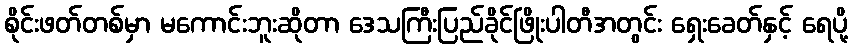
စိုင်းဖတ်တစ်မှာ မကောင်းဘူးဆိုတာ ဒေသကြီးပြည်ခိုင်ဖြိုးပါတီအတွင်း ရှေးခေတ်နှင့် ရေပို့